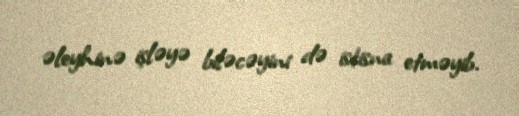
əleyhinə işləyə biləcəyini də istisna etməyib.